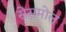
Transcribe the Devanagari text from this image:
सेसमोल